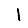
Digit: 1